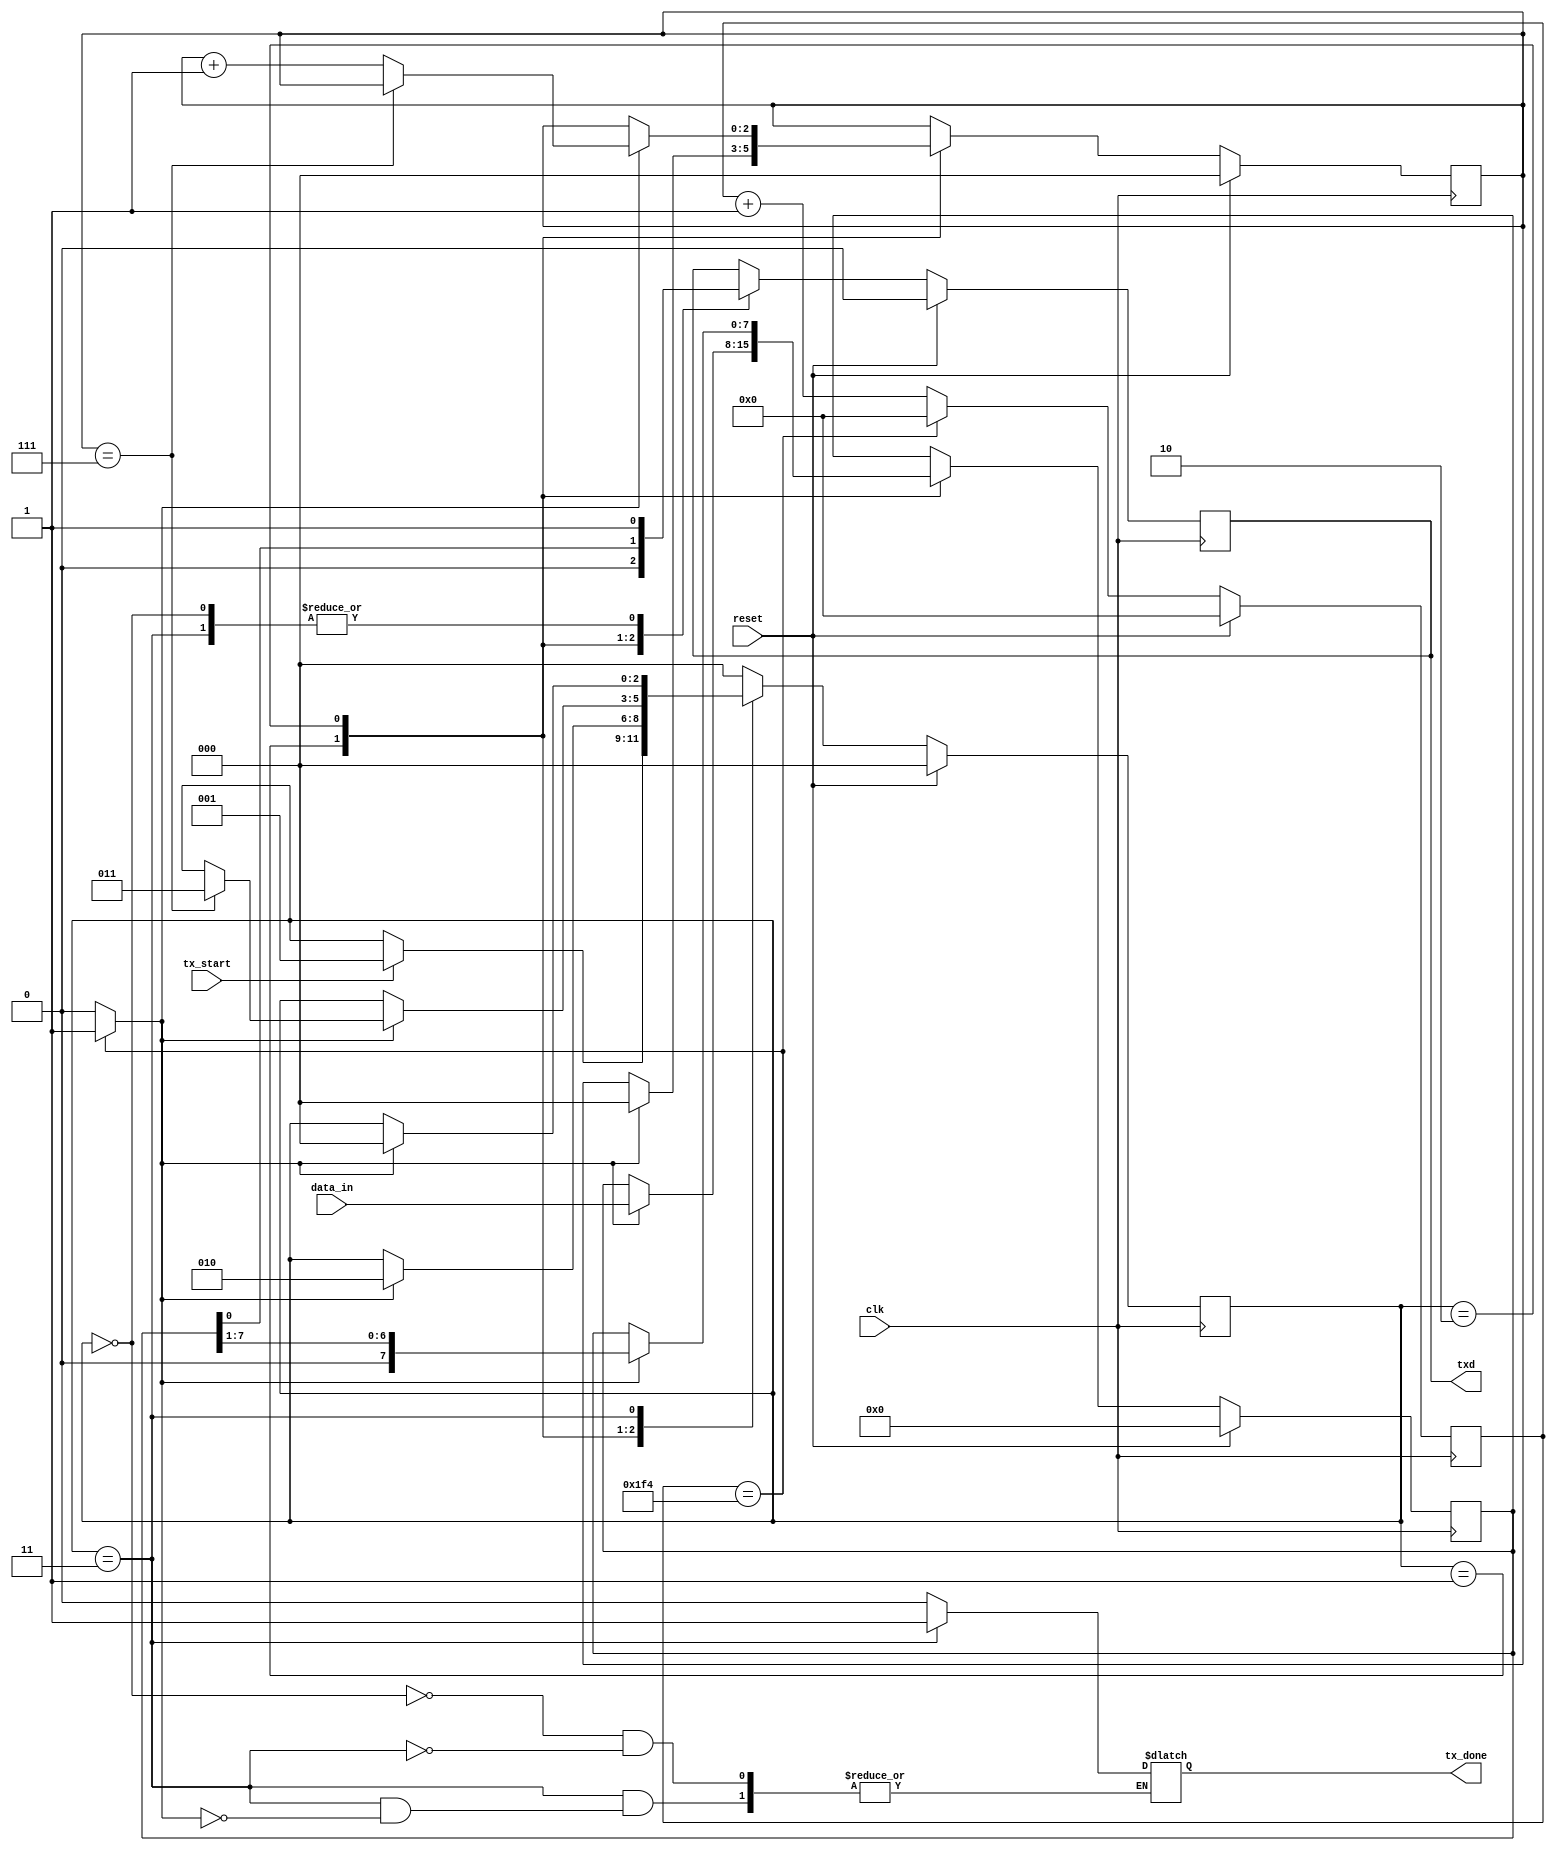
`define idle 3'b000
`define start 3'b001 
`define trans 3'b010 
`define stop 3'b011

module uart_tx(clk,reset,tx_start,data_in,txd,tx_done);
input clk, reset,tx_start;
input [7:0]data_in;
output txd,tx_done;

wire clk,reset,tx_start;
wire [7:0]data_in;
reg tx_done;
wire txd;

reg[2:0] ps,ns;
reg[7:0]sbuf_reg,sbuf_next;
reg [0:2] count_reg ,count_next;
reg tx_reg , tx_next;

wire tick;
reg[9:0]q;
wire[9:0]q_next;

//memory for fsm
always @(posedge clk) begin
    if(reset)
    begin
      ps = `idle;
      sbuf_reg = 0;
      count_reg = 0;
      tx_reg = 0;
    end
    else 
    begin
      ps = ns;
      sbuf_reg= sbuf_next;
      count_reg = count_next;
      tx_reg =tx_next;
    end
end

//next state block
always @(*) 
    begin
        ns = ps;
        sbuf_next = sbuf_reg;
        count_next = count_reg;
        tx_next = tx_reg;

        case(ps)

`idle:
begin
  $display($time, "---idle state---");
  tx_next = 1;
  tx_done=0;
  if(tx_start == 1)
  begin
    ns = `start;
 $display($time, "---idle state to start---");
 end
end

`start:
begin
  $display($time, "---start state---");
  tx_next = 0;

  if(tick)
  begin
    sbuf_next= data_in;
    count_next=0;
    ns = `trans;
 $display($time, "---start to trans---");
 end
end

`trans:
begin
  $display($time, "---trans state---");
  tx_next = sbuf_reg[0];

  if(tick)
  begin
    sbuf_next= sbuf_reg>>1;
    if (count_reg==7) begin
        ns = `stop;
        
 $display($time, "-- trans to stop---");
    end
 else
 count_next = count_reg + 1;
end
end


`stop:
begin
  $display($time, "---start state---");
  tx_next = 1;               //stop bit

  if (tick)
  begin
     tx_done=1;
    ns = `idle;
 end
end

default : ns= `idle;
        endcase
    end

assign txd = tx_reg;

//------------
//--baud rate gen----
always @(posedge clk) begin
 
    if (reset) 
    q = 0; 
    else 
    q = q_next; 
end

assign q_next = (q == 500) ? 0 : q + 1;
assign tick = (q == 500) ? 1 : 0;

//-------

endmodule